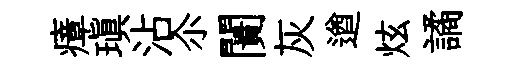
瘴瑱沾尒闠灰遒炫譎